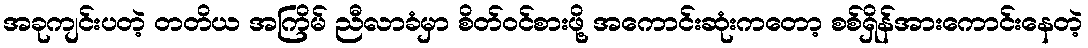
အခုကျင်းပတဲ့ တတိယ အကြိမ် ညီလာခံမှာ စိတ်ဝင်စားဖို့ အကောင်းဆုံးကတော့ စစ်ရှိန်အားကောင်းနေတဲ့